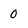
Character: 0